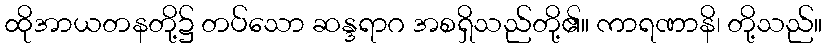
ထိုအာယတနတို့၌ တပ်သော ဆန္ဒရာဂ အစရှိသည်တို့၏။ ကာရဏာနိ၊ တို့သည်။